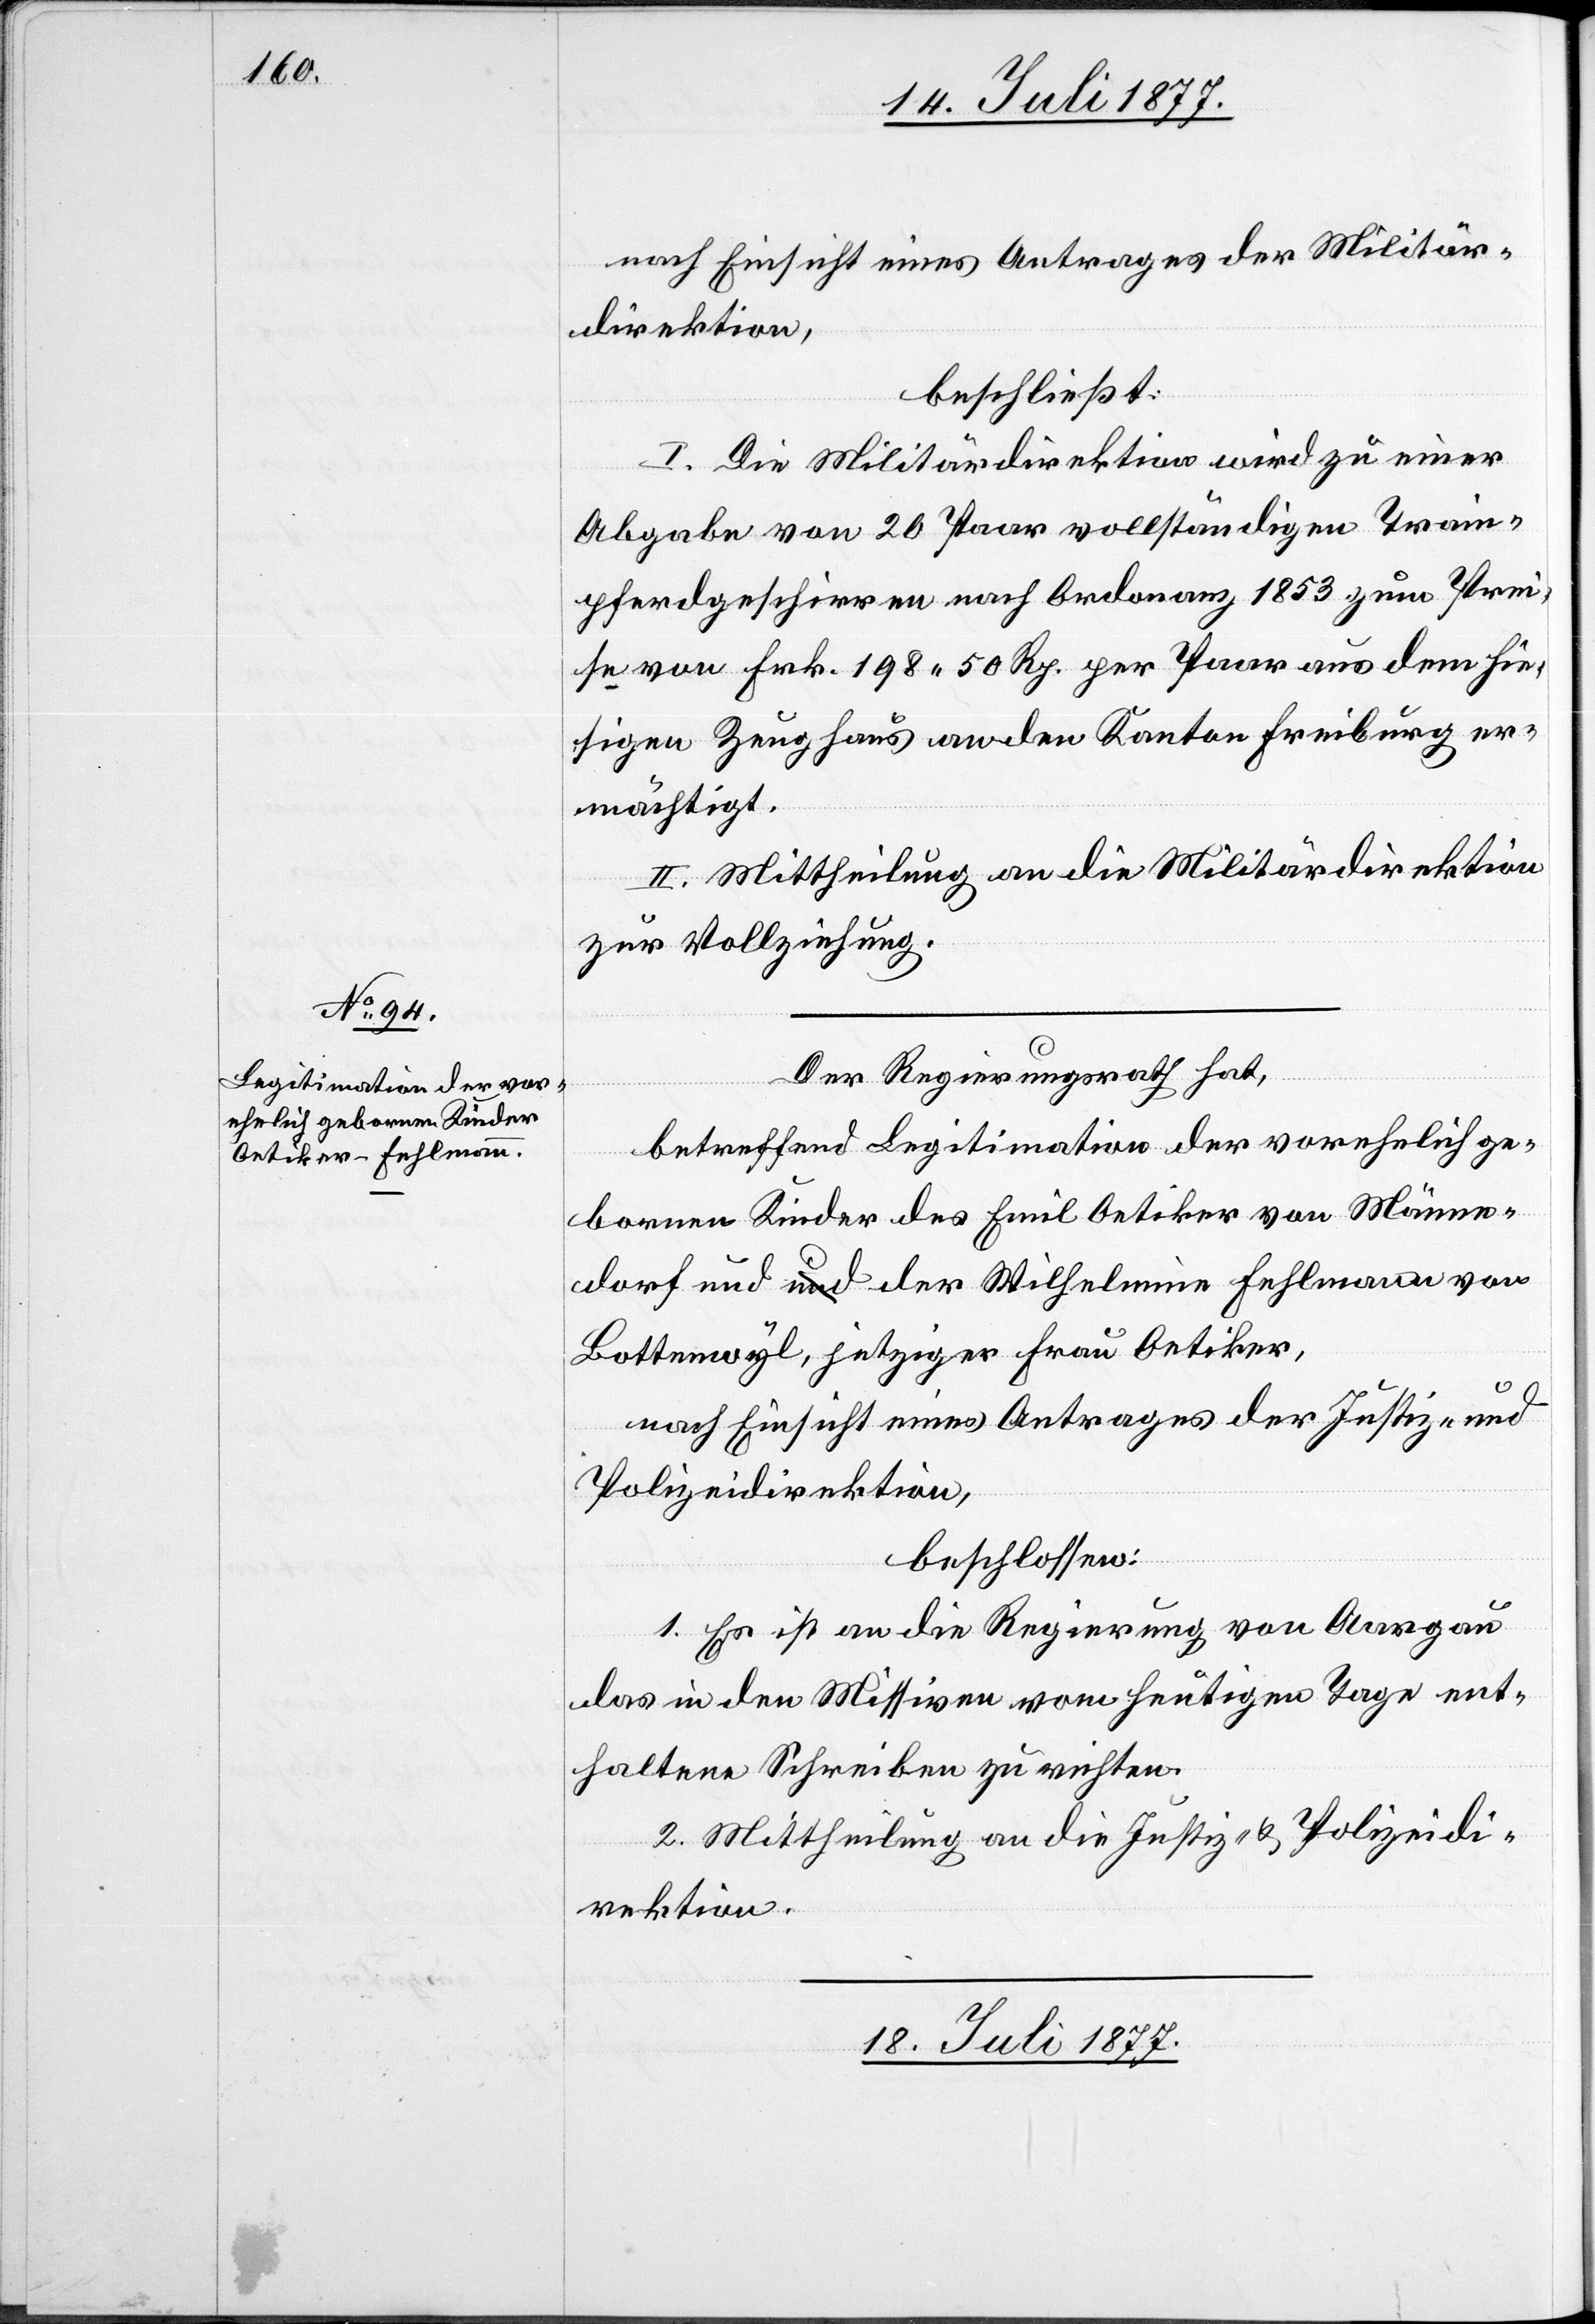
16. Juli 1877.]
nach Einsicht eines Antrages der Militär¬
direktion,
beschließt:
I. Die Militärdirektion wird zu einer
Abgabe von 20 Paar vollständigen Train¬
pferdgeschirren nach Ordonanz 1853 zum Prei¬
se von Frk. 198 50 Rp. per Paar aus dem hie¬
sigen Zeughaus an den Kanton Freiburg er¬
mächtigt.
II. Mittheilung an die Militärdirektion
zur Vollziehung.
Der Regierungsrath hat,
betreffend Legitimation der vorehelich ge¬
bornen Kinder des Emil Oetiker von Männe¬
dorf und der Wilhelmine Fehlmann von
Bottenwyl, jetziger Frau Oetiker,
nach Einsicht eines Antrages der Justiz- und
Polizeidirektion,
beschlossen:
1. Es ist an die Regierung von Aargau
das in den Missiven vom heutigen Tage ent¬
haltene Schreiben zu richten.
2. Mittheilung an die Justiz- & Polizeidi¬
rektion.
18. Juli 1877.